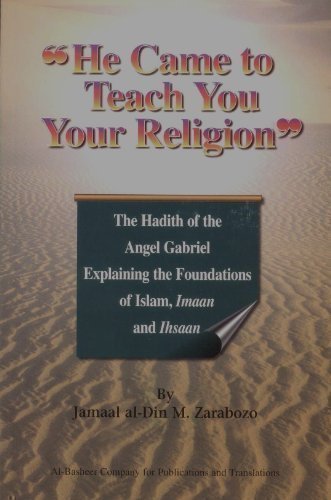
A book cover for He Came to Teach You Your Religion: The Hadith of the Angel Gabriel Explaining the Foundations of Islam, Imaan and Ihsaan; Jamaal Al-Din M. Zarabozo; Religion & Spirituality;